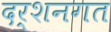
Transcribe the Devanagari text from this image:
दर्शनगत